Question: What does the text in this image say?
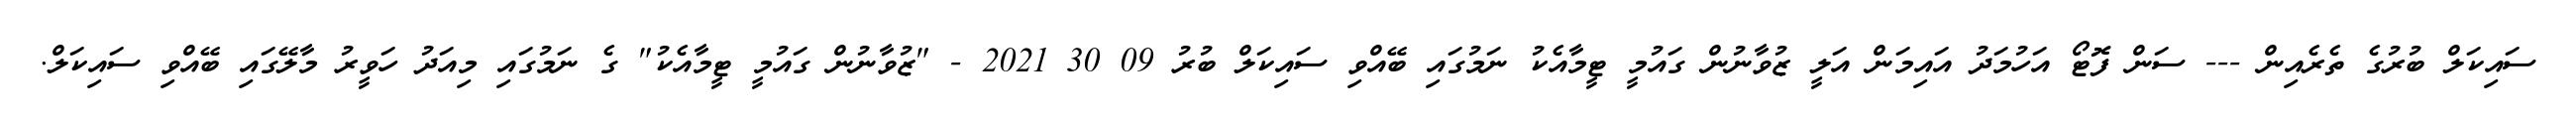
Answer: ސައިކަލް ބުރުގެ ތެރެއިން --- ސަން ފޮޓޯ އަހުމަދު އައިމަން އަލީ ޒުވާނުން ގައުމީ ޓީމާއެކު ނަމުގައި ބޭއްވި ސައިކަލް ބުރު 09 30 2021 - "ޒުވާނުން ގައުމީ ޓީމާއެކު" ގެ ނަމުގައި މިއަދު ހަވީރު މާލޭގައި ބޭއްވި ސައިކަލް.